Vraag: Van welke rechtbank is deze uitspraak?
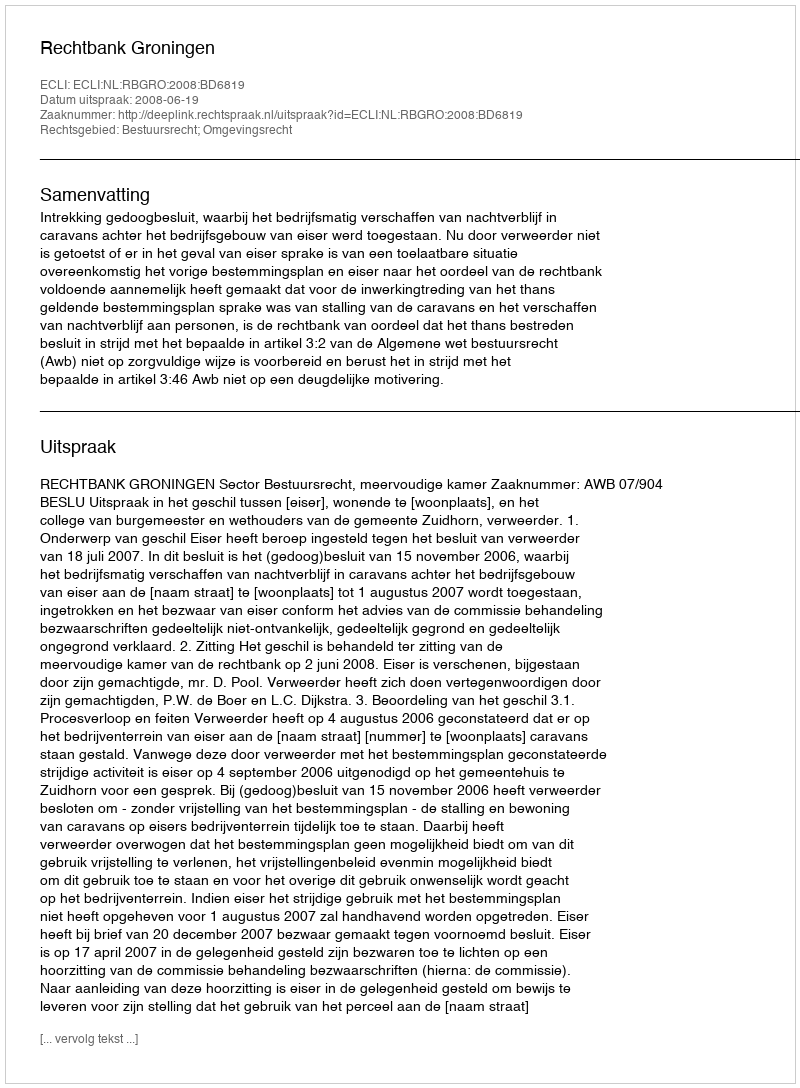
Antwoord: Rechtbank Groningen